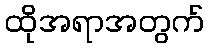
ထိုအရာအတွက်